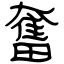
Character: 奮